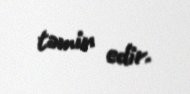
təmin edir.